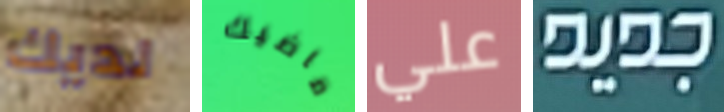
لديك ماضيك علي جديد